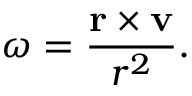
{ \boldsymbol { \omega } } = { \frac { \mathbf { r } \times \mathbf { v } } { r ^ { 2 } } } .